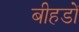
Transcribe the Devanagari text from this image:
बीहडों